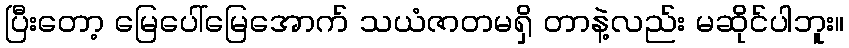
ပြီးတော့ မြေပေါ်မြေအောက် သယံဇာတမရှိ တာနဲ့လည်း မဆိုင်ပါဘူး။